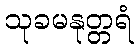
သုခမနုတ္တရံ